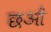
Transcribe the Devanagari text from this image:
छओं